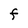
Character: F